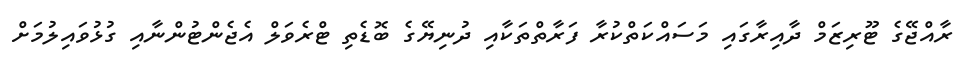
ރާއްޖޭގެ ޓޫރިޒަމް ދާއިރާގައި މަސައްކަތްކުރާ ފަރާތްތަކާއި ދުނިޔޭގެ ބޮޑެތި ޓްރެވަލް އެޖެންޓުންނާއި ގުޅުވައިލުމަށް